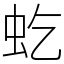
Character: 虼